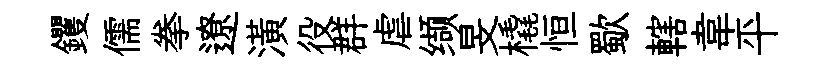
钁儒拳遼潢役群虐缬旻橇恒歜轄韋平